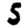
Digit: 5